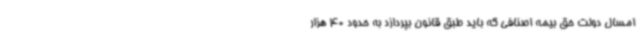
امسال دولت حق بیمه اصنافی که باید طبق قانون بپردازد به حدود 40 هزار